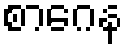
စာဂေန